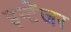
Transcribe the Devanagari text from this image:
इन्टेंजर